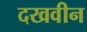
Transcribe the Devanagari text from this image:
दखवीन